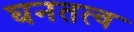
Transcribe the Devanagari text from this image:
घनतत्व